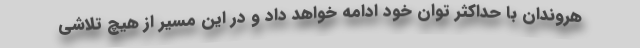
هروندان با حداکثر توان خود ادامه خواهد داد و در این مسیر از هیچ تلاشی